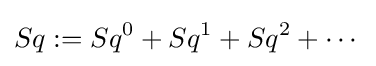
Sq:=Sq^{0}+Sq^{1}+Sq^{2}+\cdots